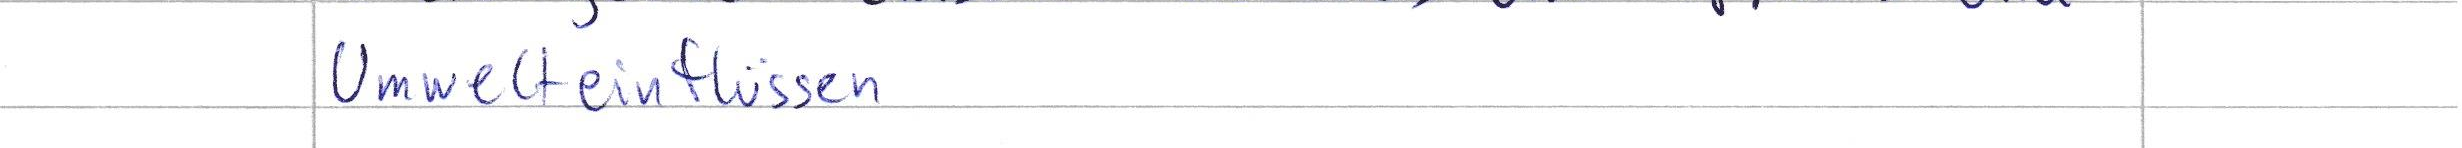
Umwelteinflüssen